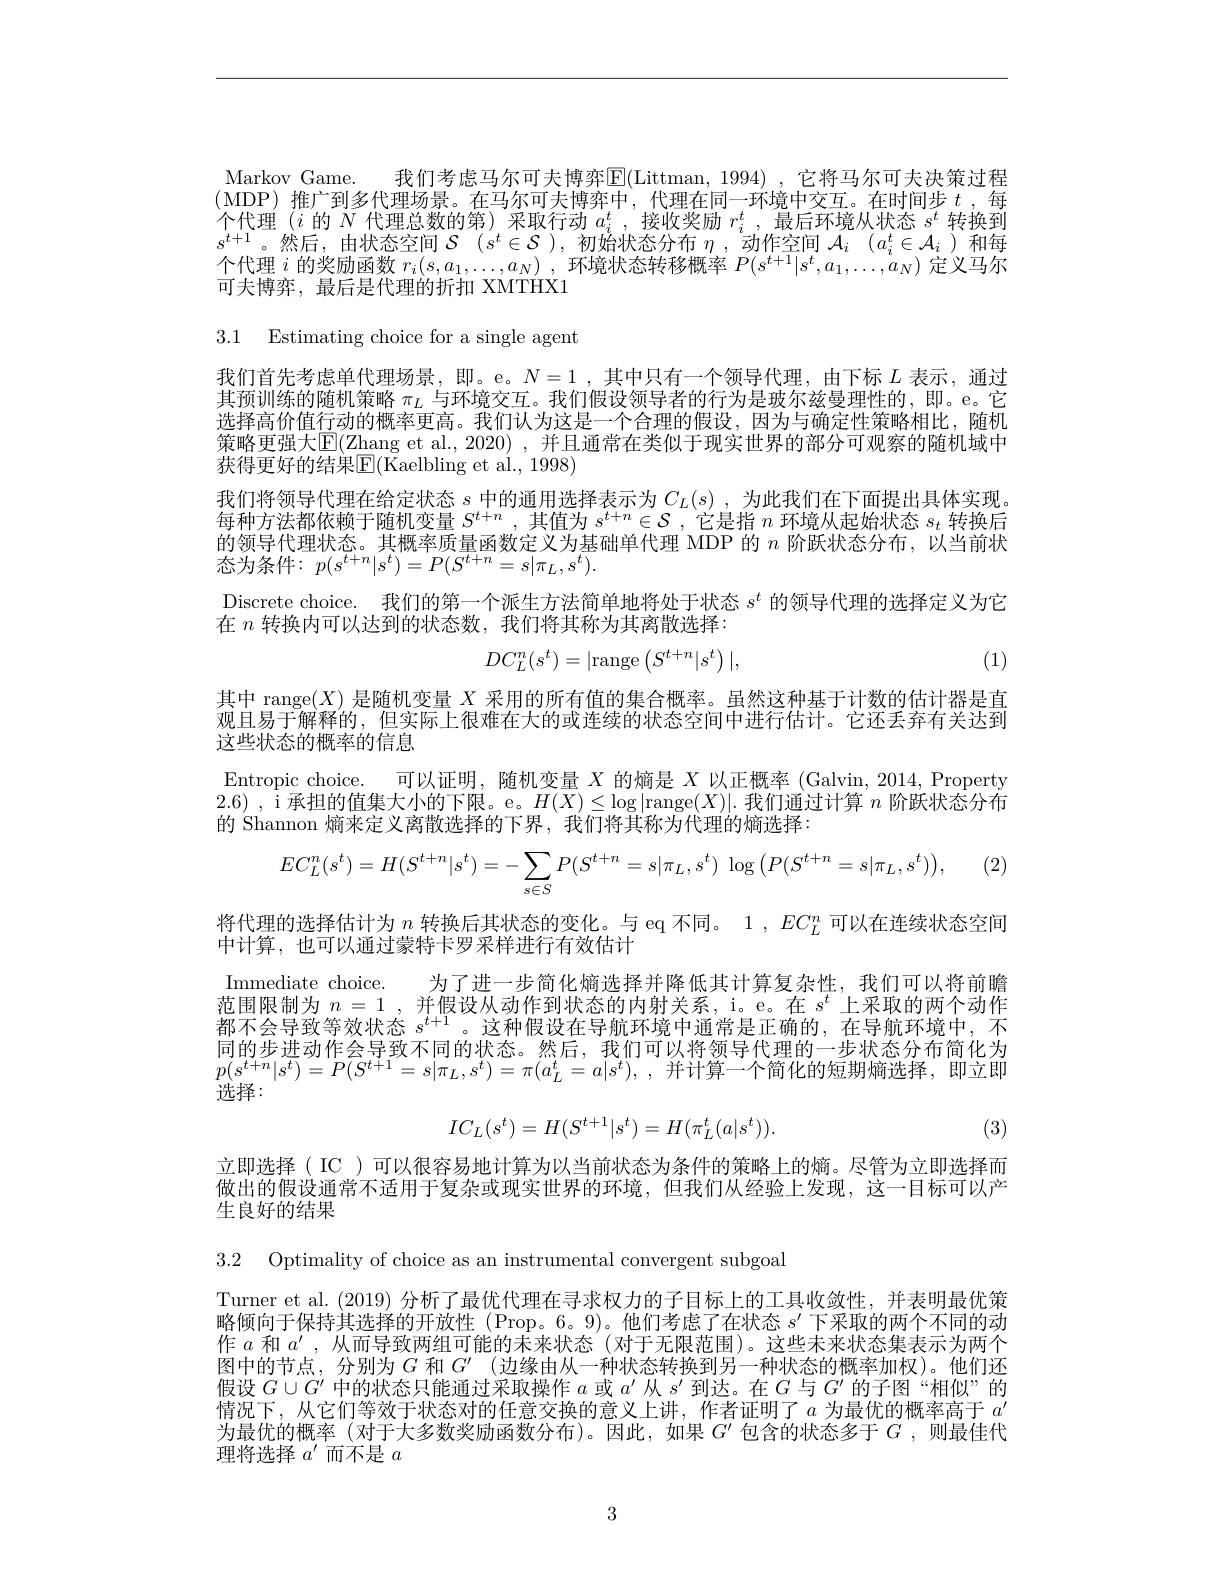
Markov Game. 我们考虑马尔可夫博弈E(Littman,1994) ,它将马尔可夫决策过程(MDP)推广到多代理场景。在马尔可夫博弈中，代理在同一环境中交互。在时间步$t$,每个代理$(i$的$N$代理总数的第) 采取行动$a_i^t$,接收奖励$r_i^t$,最后环境从状态$s^t$转换到$s^{t+1}$。然后，由状态空间$\mathcal{S}$ $( s^t\in \mathcal{S} ) $,初始状态分布$\eta$,动作空间$\mathcal{A} _i$ $( a_i^t\in \mathcal{A} _i)$和每个代理$i$的奖励函数$r_i( s, a_1, \ldots , a_N)$ ,环境状态转移概率$P(s^t+1|s^t,a_1,\ldots,\dot{a}_N)$定义马尔可夫博弈，最后是代理的折扣 XMTHX1

3.1 Estimating choice for a single agent

我们首先考虑单代理场景，即。e。$N=1$ ,其中只有一个领导代理，由下标$L$表示，通过其预训练的随机策略$\pi_L$与环境交互。我们假设领导者的行为是玻尔兹曼理性的，即。e。它选择高价值行动的概率更高。我们认为这是一个合理的假设，因为与确定性策略相比，随机策略更强大$\boxed{\mathrm{E}}($Zhang et al., 2020) , 并且通常在类似于现实世界的部分可观察的随机域中获得更好的结果$\mathbb{E}(\overset{.}{\operatorname*{Kaelbling~et~al.,~1998}})$
我们将领导代理在给定状态$s$中的通用选择表示为$C_L(s)$,为此我们在下面提出具体实现每种方法都依赖于随机变量$S^{t+n}$,其值为$s^{t+n}\in\mathcal{S}$ ,它是指$n$环境从起始状态$s_t$转换后的领导代理状态。其概率质量函数定义为基础单代理 MDP 的$n$阶跃状态分布，以当前状态为条件：$p(s^{t+n}|s^{t})=P(S^{t+n}=s|\pi_{L},s^{t}).$
Discrete choice. 我们的第一个派生方法简单地将处于状态$s^t$的领导代理的选择定义为它
在$n$转换内可以达到的状态数，我们将其称为其离散选择：
(1)
$$DC_L^n(s^t)=|\text{range}\left(S^{t+n}|s^t\right)|,$$
其中 range$(X)$是随机变量$X$采用的所有值的集合概率。虽然这种基于计数的估计器是直观且易于解释的，但实际上很难在大的或连续的状态空间中进行估计。它还丢弃有关达到这些状态的概率的信息
Entropic choice. 可以证明，随机变量$X$的熵是$X$以正概率 (Galvin, 2014, Property 2.6),i承担的值集大小的下限。e。$H(\overline X)\leq\log|$range$(X)|.$我们通过计算$n$阶跃状态分布的 Shannon 熵来定义离散选择的下界，我们将其称为代理的熵选择：
$$EC_{L}^{n}(s^{t})=H(S^{t+n}|s^{t})=-\sum_{s\in S}P(S^{t+n}=s|\pi_{L},s^{t})\:\log\left(P(S^{t+n}=s|\pi_{L},s^{t})\right),$$
将代理的选择估计为$n$转换后其状态的变化。与 eq 不同。1 , $EC_L^n$可以在连续状态空间
中计算，也可以通过蒙特卡罗采样进行有效估计

Immediate choice. 为了进一步简化熵选择并降低其计算复杂性，我们可以将前瞻范围限制为$n=1$ ,并假设从动作到状态的内射关系，i。e。在$s^t$上采取的两个动作都不会导致等效状态$s^{t+1}$ 。这种假设在导航环境中通常是正确的，在导航环境中，不同的步进动作会导致不同的状态。然后，我们可以将领导代理的一步状态分布简化为$p(s^{t+n}|s^{t})=P(S^{t+1}=s|\pi_{L},s^{t})=\pi(a_{L}^{t}=a|s^{t})$,并计算一个简化的短期熵选择，即立即$\bar{\text{选择：}}$
$$IC_{L}(s^{t})=H(S^{t+1}|s^{t})=H(\pi_{L}^{t}(a|s^{t})).$$
(3)

立即选择( IC ) 可以很容易地计算为以当前状态为条件的策略上的熵。尽管为立即选择而做出的假设通常不适用于复杂或现实世界的环境，但我们从经验上发现，这一目标可以产生良好的结果

3.2 Optimality of choice as an instrumental convergent subgoal

Turner et al. (2019) 分析了最优代理在寻求权力的子目标上的工具收敛性，并表明最优策略倾向于保持其选择的开放性 (Prop。6。9)。他们考虑了在状态$s^\prime$下采取的两个不同的动作$a$和$a^\prime$,从而导致两组可能的未来状态(对于无限范围)。这些未来状态集表示为两个图中的节点，分别为$G$和$G^\prime$ (边缘由从一种状态转换到另一种状态的概率加权)。他们还假设$G\cup G^\prime$中的状态只能通过采取操作$a$或$a^\prime$从$s^\prime$到达。在$G$与$G^\prime$的子图 “相似”的情况下，从它们等效于状态对的任意交换的意义上讲，作者证明了$a$为最优的概率高于$a^\prime$ 为最优的概率(对于大多数奖励函数分布)。因此，如果$G^\prime$包含的状态多于$G$ ,则最佳代理将选择$a^\prime$而不是$a$

3